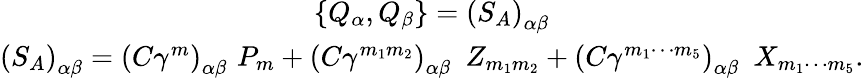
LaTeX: \begin{array}{c}{{\left\{ Q_{\alpha},Q_{\beta}\right\} =\left(S_{A}\right)_{\alpha\beta}}}\\ {{\left(S_{A}\right)_{\alpha\beta}=\left(C\gamma^{m}\right)_{\alpha\beta}\, \, P_{m}+\left(C\gamma^{m_{1}m_{2}}\right)_{\alpha\beta}\, \, \, Z_{m_{1}m_{2}}+\left(C\gamma^{m_{1}\cdots m_{5}}\right)_{\alpha\beta}\, \, \, X_{m_{1}\cdots m_{5}}.}}\end{array}